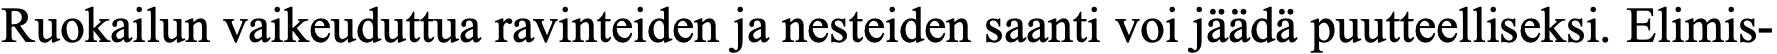
Ruokailun vaikeuduttua ravinteiden ja nesteiden saanti voi jäädä puutteelliseksi. Elimis-